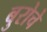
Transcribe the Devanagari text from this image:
बुरोचे